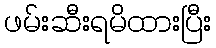
ဖမ်းဆီးရမိထားပြီး